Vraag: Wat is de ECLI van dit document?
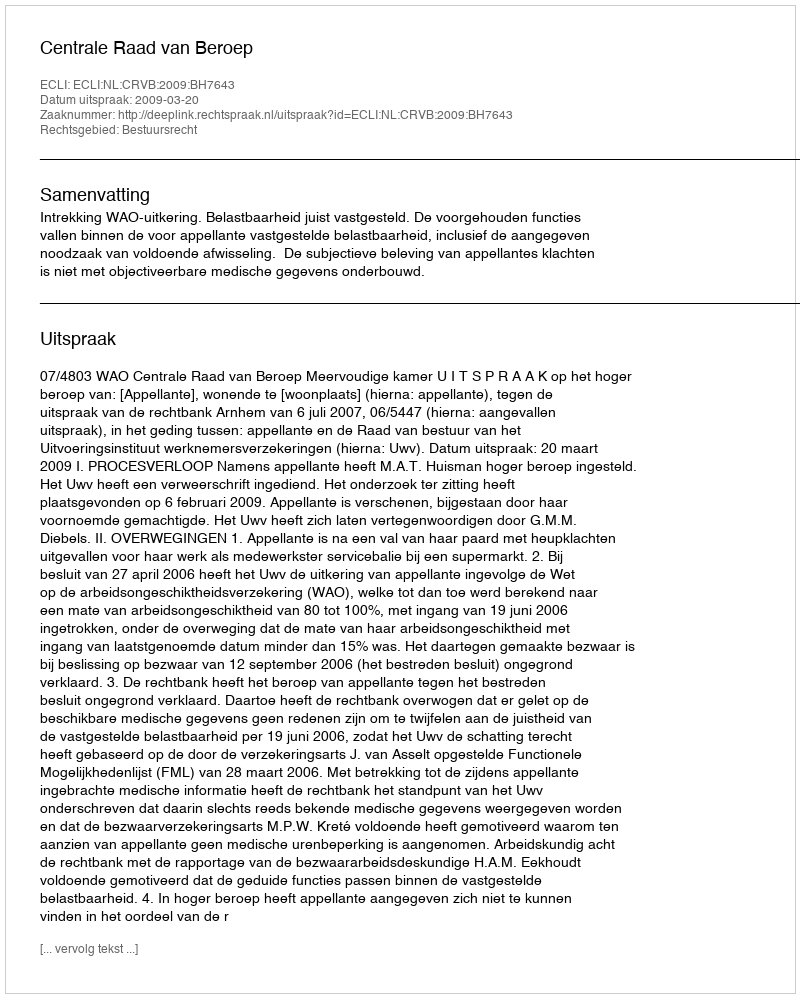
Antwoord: ECLI:NL:CRVB:2009:BH7643